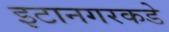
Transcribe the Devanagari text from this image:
इटानगरकडे